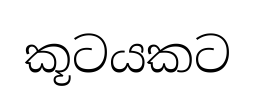
කූටයකට